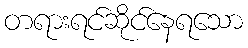
တရားရင်ဆိုင်နေရသော